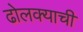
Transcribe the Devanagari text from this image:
ढोलक्याची